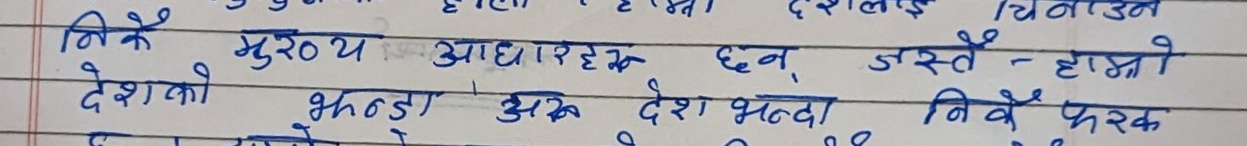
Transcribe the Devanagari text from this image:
निकै मुख्य आधारहरु छन्, जस्तै - हाम्रो
देशको झन्डा अरु देश भन्दा निकै फरक